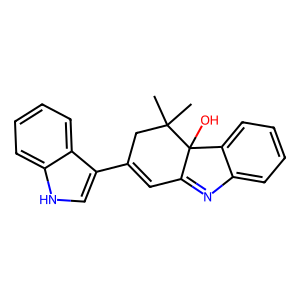
SMILES: CC1(C)CC(c2c[nH]c3ccccc23)=CC2=Nc3ccccc3C21O
Inhibits HIV replication: No